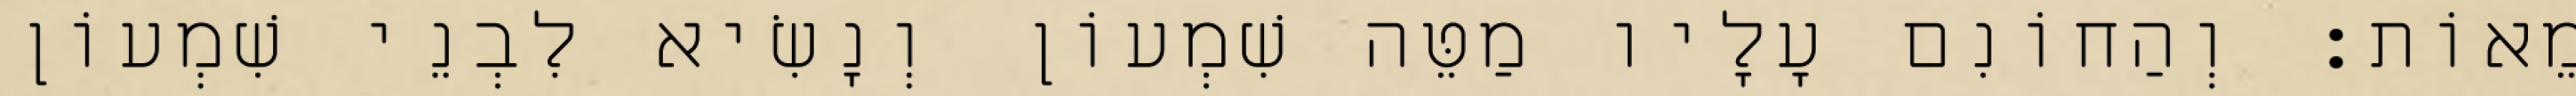
מֵאוֹת׃ וְהַחוֹנִם עָלָיו מַטֵּה שִׁמְעוֹן וְנָשִׂיא לִבְנֵי שִׁמְעוֹן